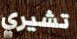
تشيري